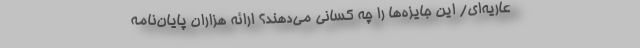
عاریه‌ای/ این جایزه‌ها را چه کسانی می‌دهند؟ ارائه هزاران پایان‌نامه